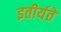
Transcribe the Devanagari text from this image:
इतीर्यते